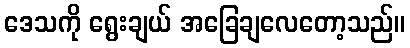
ဒေသကို ရွေးချယ် အခြေချလေတော့သည်။